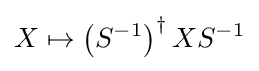
X\mapsto \left(S^{-1}\right)^{\dagger }XS^{-1}